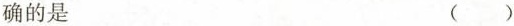
确的是 ( )